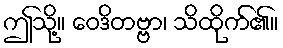
ဤသို့။ ဝေဒိတဗ္ဗာ၊ သိထိုက်၏။